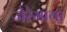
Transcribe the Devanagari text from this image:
जेरेमाया